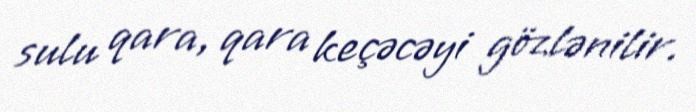
sulu qara, qara keçəcəyi gözlənilir.